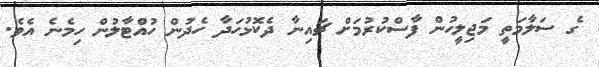
ގެ ސަލާމަތީ މަޖިލީހުން ފާސްކުރުމަށް ޗައިނާ ދެކޮޅުހަދާ ހެދުން ހުއްޓާލުން ހިމެނެ އެވެ.